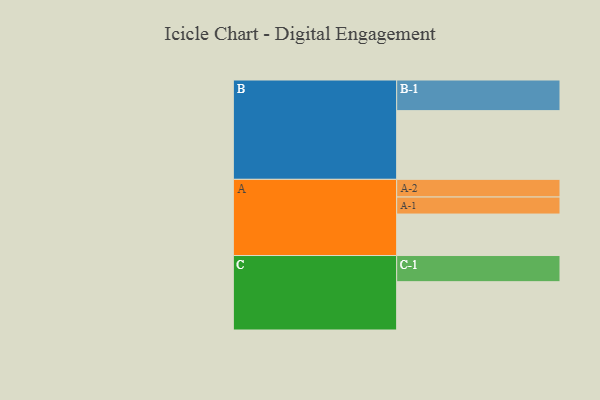
{"axis": {"x": "Segment", "y": "Value"}, "legend": ["", "A", "B", "C"], "data": [{"x": "A", "y": 317, "type": ""}, {"x": "B", "y": 525, "type": ""}, {"x": "C", "y": 369, "type": ""}, {"x": "A-1", "y": 130, "type": "A"}, {"x": "A-2", "y": 135, "type": "A"}, {"x": "B-1", "y": 234, "type": "B"}, {"x": "C-1", "y": 200, "type": "C"}]}